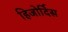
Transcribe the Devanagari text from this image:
हिजोर्दिस